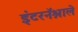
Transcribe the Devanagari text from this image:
इंटरनॅश्नाले